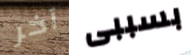
آخر بسببى